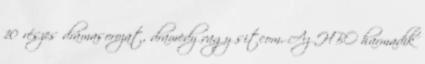
10 részes drámasorozat, dramedy vagy sitcom. Az HBO harmadik